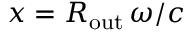
x = R _ { \mathrm { o u t } } \, \omega / c